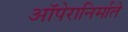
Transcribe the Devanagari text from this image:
ऑपेरानिर्माते